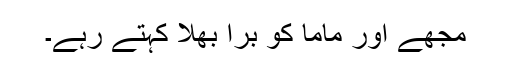
مجھے اور ماما کو برا بھلا کہتے رہے۔